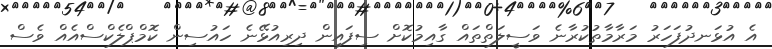
އެ އުޅަނދުފަހަރު މަރާމާތުކުރާނެ ވަސީލަތްތައް ގާއިމުކޮށް ސިފައިން ދިރިއުޅޭނެ ހައުސިން ކޮމްޕްލެކްސްއެއް ވެސް